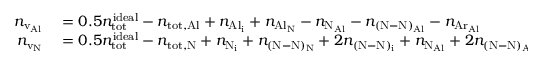
\begin{array} { r l } { n _ { \mathrm { v _ { A l } } } } & { { } = 0 . 5 n _ { \mathrm { t o t } } ^ { \mathrm { i d e a l } } - n _ { \mathrm { t o t , A l } } + n _ { \mathrm { A l _ { i } } } + n _ { \mathrm { A l _ { N } } } - n _ { \mathrm { N _ { A l } } } - n _ { \mathrm { ( N - N ) _ { A l } } } - n _ { \mathrm { A r _ { A l } } } } \\ { n _ { \mathrm { v _ { N } } } } & { { } = 0 . 5 n _ { \mathrm { t o t } } ^ { \mathrm { i d e a l } } - n _ { \mathrm { t o t , N } } + n _ { \mathrm { N _ { i } } } + n _ { \mathrm { ( N - N ) _ { N } } } + 2 n _ { \mathrm { ( N - N ) _ { i } } } + n _ { \mathrm { N _ { A l } } } + 2 n _ { \mathrm { ( N - N ) _ { A l } } } - n _ { \mathrm { A l _ { N } } } - n _ { \mathrm { A r _ { N } } } } \end{array}